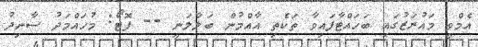
އެމްވީ މައުރަޒުގައި ބަހައްޓާފައިވާ ތަކެތި އާއްމުން ބަލާލަނީ -- ފޮޓޯ: މުހައްމަދު ސާނިދު